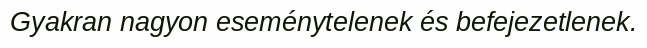
Gyakran nagyon eseménytelenek és befejezetlenek.